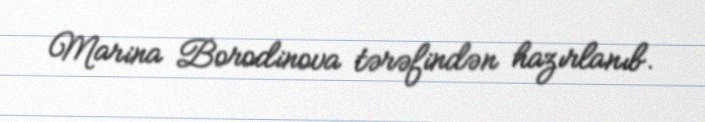
Marina Borodinova tərəfindən hazırlanıb.